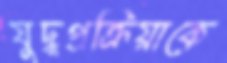
যুদ্ধপ্রক্রিয়াকে